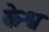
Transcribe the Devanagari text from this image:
केश्व